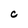
Character: C